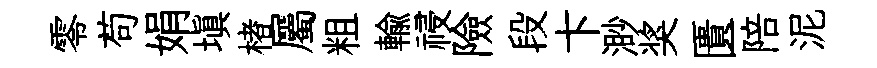
零苟娟填楮屬粗輸祲險段卞渺奖匱陪泥